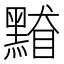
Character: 𪑥